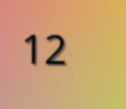
12